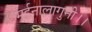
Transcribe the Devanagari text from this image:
मर्दनालागुनी।।